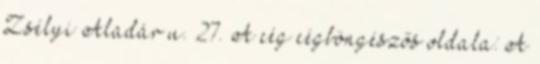
Zsélyi Aladár u. 27. A cég cégböngészős oldala: A